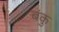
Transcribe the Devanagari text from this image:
बंकु